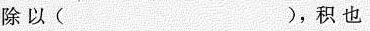
除以( )，积也